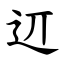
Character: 䢋